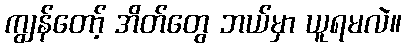
ကျွန်တော့် အိတ်တွေ ဘယ်မှာ ယူရမလဲ။